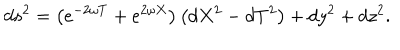
d s ^ { 2 } = \left( e ^ { - 2 \omega T } + e ^ { 2 \omega X } \right) \left( d X ^ { 2 } - d T ^ { 2 } \right) + d y ^ { 2 } + d z ^ { 2 } .